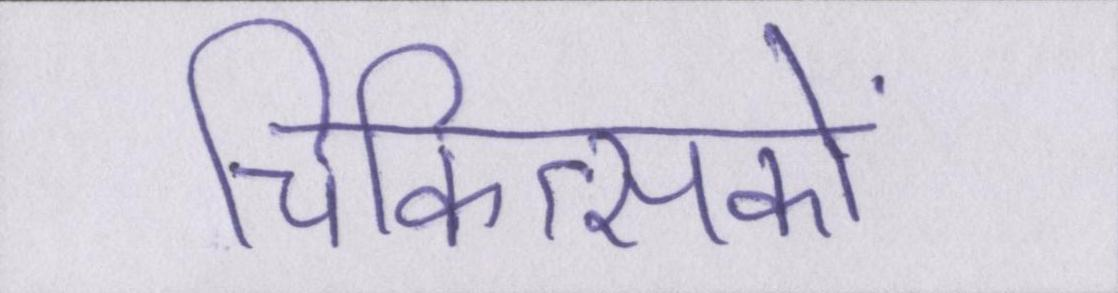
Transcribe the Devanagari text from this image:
चिकित्सकों